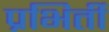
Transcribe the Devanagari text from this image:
प्रभिर्ती